Medical and sanitary report on the native army of Bombay for the year
Year: 1878
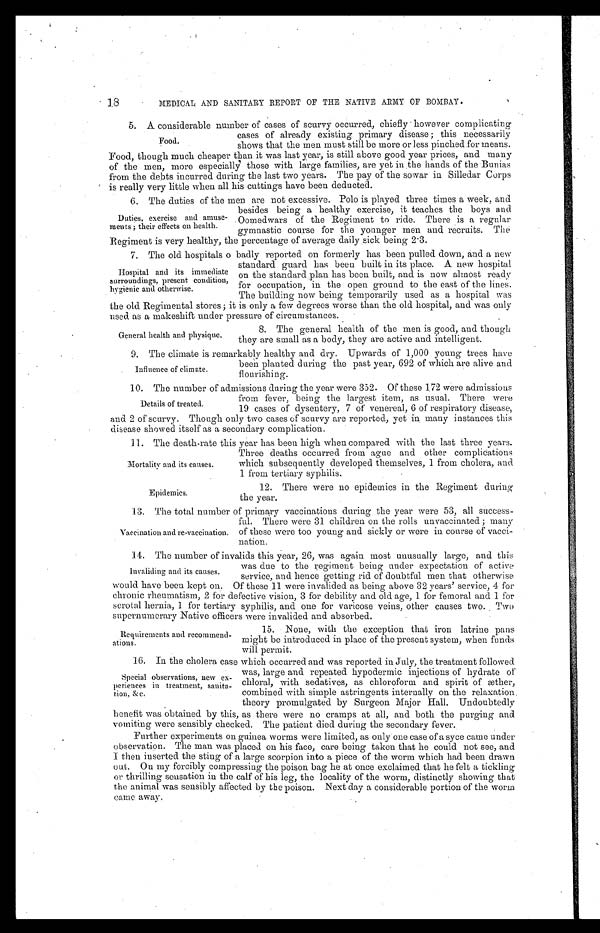
Mortality and its causes.
Epidemics.
MEDICAL AND SANITARY REPORT OF THE NATIVE ARMY OP BOMBAY.
5. A considerable number of cases of scurvy occurred, chiefly however complicating
cases of already existing primary disease; this necessarily
shows that the men must still be more or less pinched for means.
Food, though much cheaper than it was last year, is still above good year prices, and many
of the men, more especially those with large families, are yet in . the hands of the Bunias
from the debts incurred during the last two years. The pay of the sowar in Silledar Corps
is really very little when all his cuttings have been deducted.
6. The duties of the men are not excessive. Polo is played three times a week, and
Food.
Duties, exercise and amuse
ments; their effects on health.
besides being a healthy exercise, it teaches the boys and
Oomedwars of the Regiment to ride. There is a regular
gymnastic course for the younger men and recruits. The
Regiment is very healthy, the percentage of average daily sick being 2.3.
7. The old hospitals o badly reported on formerly has been pulled down, and a new
Hospital and its immediate
surroundings, present condition,
hygienic and otherwise.
standard guard has been built in its place. A new hospital
on the standard plan has been built, and is now almost ready
for occupation, in the open ground to the east of the lines.
The building now being temporarily used as a hospital was
the old Regimental stores; it is only a few degrees worse than the old hospital, and was only
used as makeshift under pressure of circumstances.
General health and physique.
8. The general health of the men is good, and though
they are small as a body, they are active and intelligent.
9.
9.The climate is remarkably healthy and dry. Upwards of 1,000 young trees have
been. planted during the past year, 692 of which are alive and
flourishing.
10. The number of admissions during the year were 352. Of these 172 were admissions
from fever, being the largest item, as usual. There were
19 cases of dysentery, 7 of venereal, 6 of respiratory disease,
and 2 of scurvy. Though only two cases of scurvy are reported, yet in many instances this
disease showed itself as a secondary complication.
11. The death-rate this year has been high when compared with the last three years.
Influence of climate.
Details of treated.
Three deaths occurred from ague and other complications
which subsequently developed themselves, 1 from cholera, and
1 from tertiary syphilis
12. There were no epidemics in the Regiment during
the year.
13. The total number of primary vaccinations during the year were 53, all success-
Vaccination and re-vaccination.
ful. There were 31 children on the rolls unvaccinated; many
of these were too young and sickly or were in course of vacci
nation.
14. The number of invalids this year, 26, was again most unusually large, and this
Invaliding and its causes
was due to the regiment being under expectation of active
service, and hence getting rid of doubtful men that otherwise
would have been kept on. Of these 11 were invalided as being above 62 years' service, 4 for
chronic rheumatism, 2 for defective vision, 3 for debility and old age, 1 for femoral and 1 for
scrotal hernia, 1 for tertiary syphilis, and one for varicose veins, other causes two. Two supernumerary Native officers were invalided and absorbed.
Requirements and recommend
ations.
15. None, with the exception that iron latrine pans
might be introduced in place of the present system, when funds
will permit.
16. In the cholera case which occurred and was reported in July, the treatment followed
Special observations, new ex
periences in treatment, sanita
tion, &c.
was, large and repeated hypodermic inj ections of hydrate
of chloral, with sedatives, as chloroform and spirit of æther,
combined with simple astringents internally on the relaxation.
theory promulgated by Surgeon Major Hall. Undoubtedly
benefit was obtained by this, as there were no cramps at all, and both the purging and
vomiting were sensibly checked. The patient died during the secondary fever.
Further experiments on guinea worms were limited, as only one case of a syce came under
observation. The man was placed on his face, care being taken that he could not see, and
I then inserted the sting of a large scorpion into a piece of the worm which had been drawn
out. On my forcibly compressing the poison bag he at once exclaimed that he felt a tickling
or thrilling sensation in the calf of his leg, the locality of the worm, distinctly showing that
the animal was sensibly affected by the poison. Next day a considerable portion of the worm
came away.